Civil Veterinary Department. United Provinces 1923-31 - 1923-1931
Year: 1923
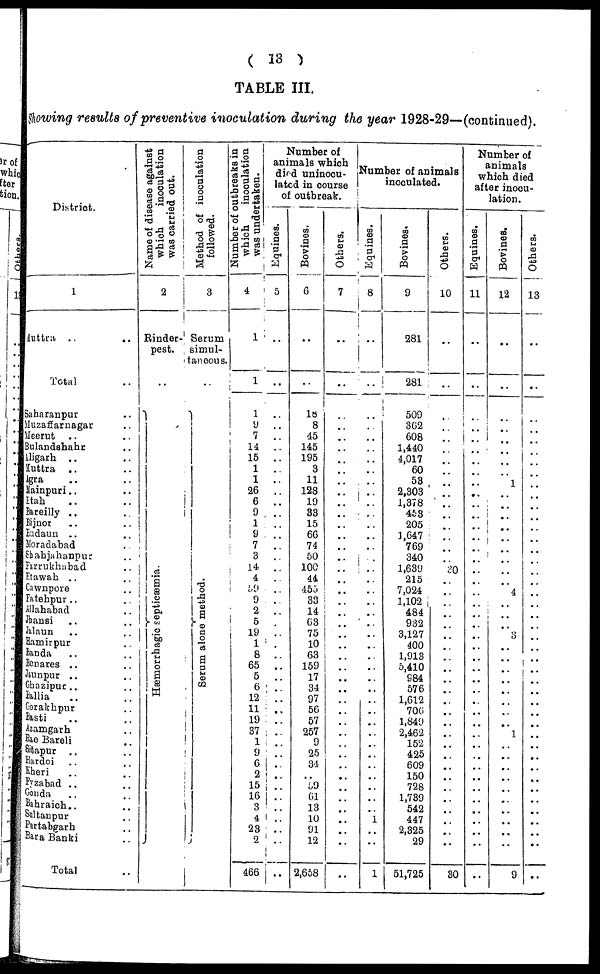
( 13 )
TABLE III.
Showing results of preventive inoculation during the year 1928-29—(continued).
District.
1
Muttra ..
..
Total ..
Saharanpur ..
Muzaffarnagar ..
Meerut ..
Bulandshahr ..
Aligarh ..
Muttra ..
Agra ..
Mainpuri .. ..
Etah .. ..
Bereilly ..
Bijnor ..
..
Budaun
..
..
Moradabad
..
Shahjahanpur
..
Farrukhabad
..
Etawah
..
..
Cawnpore
..
Fatehpur
..
..
Allahabad
..
Jhansi ..
Jalaun .. ..
Hamirpur ..
Banda .. ..
Benares ..
Jaunpur ..
Ghazipur .. ..
Ballia
Gorakhpur ..
Basti .. ..
Azamgarh
..
Rie Bareli ..
Sitapur ...
Hardoi
Kheri .. ..
Fyzabad ..
Gonda ..
Bahraich .. ..
Sultanpur ..
Partabgarh ..
Bara Banki ..
Total
Name of disease against
which
inoculation
was carried out.
2
Rinder-
pest.
..
Hæmorrhagic septicæmia.
Method of inoculation
followed.
3
Serum
simul-
aneous.
..
Se r
a m alone method.
Number of outbreaks in
which
inoculation
was undertaken.
4
1
1
1
9
7
14
15
1
1
26
6
9
1
9
7
3
14
4
59
9
2
5
19
1
8
65
5
6
12
11
19
87
1
9
6
2
15
16
3
4
23
2
466
Number of
animals which
died uninocu-
iated in course
of outbreak.
Eqines.
5
..
..
..
..
..
..
..
..
..
..
..
..
..
..
..
..
..
..
..
..
..
..
..
..
..
..
..
..
..
..
..
..
..
..
..
..
..
..
..
..
..
Bovines.
6
..
..
18
8
45
145
195
3
11
128
19
83
15
66
74
50
100
44
455
33
14
63
75
10
63
159
17
34
97
56
57
257
9
25
34
.. 59
61
13
10
91
12
2,658
Others.
7
..
..
..
..
..
..
.. ..
..
.. ..
..
..
..
..
..
.. ..
..
..
.. ..
.. ..
.. ..
..
..
..
.. ..
..
..
..
..
..
..
..
..
.. ..
..
Number of animals
inoculated.
Equines.
8
..
..
..
..
..
..
..
..
..
..
..
..
..
..
..
..
..
..
.. ..
.. ..
..
..
..
..
..
..
..
.. ..
..
..
..
..
..
..
..
1
..
..
1
Bovines.
9
281
281
509
362
608
1,440
4,017
60
58
2,303
1,378
453
205
3,647
769
340
1,639
215
7,024
1,102
484
932
3,127
400
1,913
5,410
984
576
1,612
706
1,849
2,462
152
425
609
150
728
1,789
542
447
2,325
29
51,725
Others.
10
..
..
..
..
..
..
..
..
..
.. ..
..
..
..
..
..
20
..
..
.. ..
..
..
..
..
..
.. ..
..
..
.. ..
..
..
..
..
..
.. ..
..
..
..
30
Number of
animals
which died
after inocu-
lation.
Equines.
11
..
..
..
..
..
..
..
..
..
..
..
..
..
..
..
..
..
..
..
.. ..
..
..
..
..
..
.. ..
..
..
..
..
..
..
..
..
..
..
..
..
..
..
..
Bovines.
12
..
..
..
..
..
..
..
..
1
..
..
..
.. ..
..
..
..
..
4
.. ..
.. 3
..
..
..
.. ..
..
..
..
1
..
..
..
..
..
..
..
..
..
..
9
Others.
13
..
..
..
.. ..
..
..
..
..
..
..
..
..
..
..
..
..
..
..
..
..
.. ..
..
..
..
..
..
..
..
..
..
..
..
..
..
..
..
..
..
..
..
..